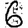
Digit: 6